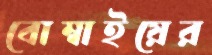
বোম্বাইয়ের